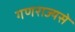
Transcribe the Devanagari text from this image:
गणराज्यसे